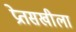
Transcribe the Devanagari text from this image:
प्रेतसखीला